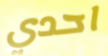
احدي